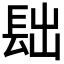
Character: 𨱦